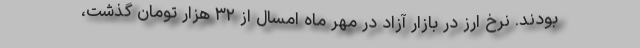
بودند. نرخ ارز در بازار آزاد در مهر ماه امسال از ۳۲ هزار تومان گذشت،